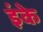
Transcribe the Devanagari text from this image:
इंके